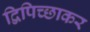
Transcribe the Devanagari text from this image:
द्विपिच्छाकर